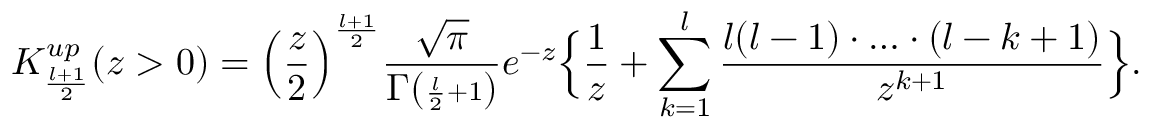
K _ { \frac { l + 1 } { 2 } } ^ { u p } ( z > 0 ) = \Big ( \frac { z } { 2 } { \Big ) } ^ { \frac { l + 1 } { 2 } } \frac { \sqrt { \pi } } { \Gamma ( { \scriptstyle \frac { l } { 2 } + 1 } ) } e ^ { - z } \Big \{ \frac { 1 } { z } + \sum _ { k = 1 } ^ { l } \frac { l ( l - 1 ) \cdot \ldots \cdot ( l - k + 1 ) } { z ^ { k + 1 } } \Big \} .